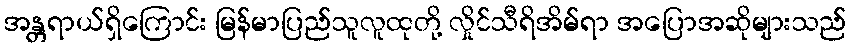
အန္တရာယ်ရှိကြောင်း မြန်မာပြည်သူလူထုတို့ လှိုင်သီရိအိမ်ရာ အပြောအဆိုများသည်